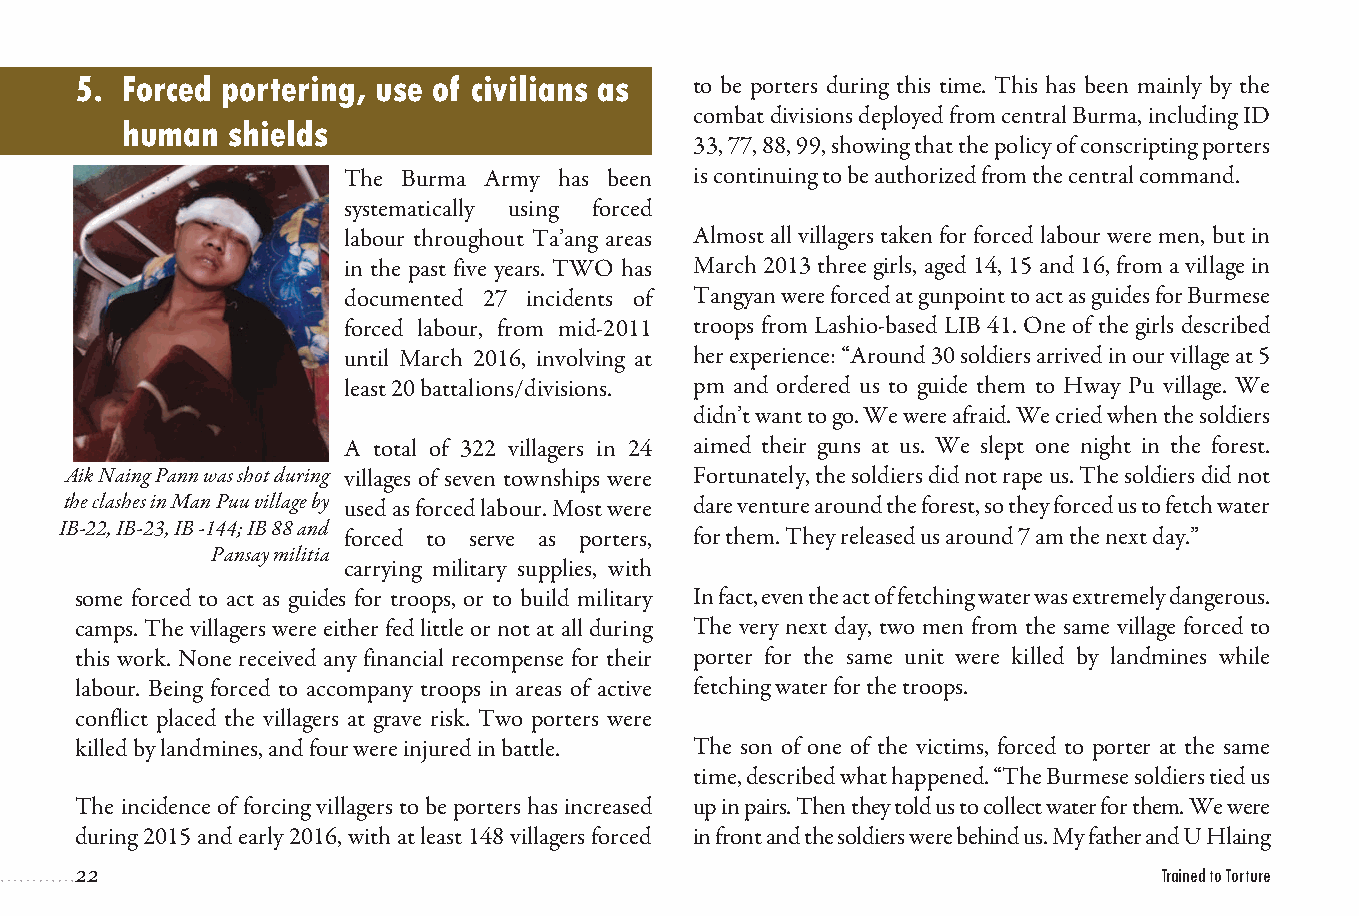
5. Forced portering, use of civilians as to be porters during this time. This has been mainly by the
 combat divisions deployed from central Burma, including ID
 human  shields
 33, 77, 88, 99, showing that the policy of conscripting porters
 The Burma Army has been is continuing to be authorized from the central command.
 systematically using forced
 labour throughout Ta’ang areas Almost all villagers taken for forced labour were men, but in
 in the past five years. TWO has March 2013 three girls, aged 14, 15 and 16, from a village in
 documented 27 incidents of Tangyan were forced at gunpoint to act as guides for Burmese
 forced labour, from mid-2011 troops from Lashio-based LIB 41. One of the girls described
 until March 2016, involving at her experience: “Around 30 soldiers arrived in our village at 5
 least 20 battalions/divisions. pm and ordered us to guide them to Hway Pu village. We
 didn’t want to go. We were afraid. We cried when the soldiers
 A total of 322 villagers in 24 aimed their guns at us. We slept one night in the forest.
 Aik Naing Pann was shot during villages of seven townships were Fortunately, the soldiers did not rape us. The soldiers did not
 the clashes in Man Puu village by used as forced labour. Most were dare venture around the forest, so they forced us to fetch water
 IB-22, IB-23, IB -144; IB 88 and
 forced to serve as porters, for them. They released us around 7 am the next day.”
 Pansay militia
 carrying military supplies, with
 some forced to act as guides for troops, or to build military In fact, even the act of fetching water was extremely dangerous.
 camps. The villagers were either fed little or not at all during The very next day, two men from the same village forced to
 this work. None received any financial recompense for their porter for the same unit were killed by landmines while
 labour. Being forced to accompany troops in areas of active fetching water for the troops.
 conflict placed the villagers at grave risk. Two porters were
 killed by landmines, and four were injured in battle. The son of one of the victims, forced to porter at the same
 time, described what happened. “The Burmese soldiers tied us
 The incidence of forcing villagers to be porters has increased up in pairs. Then they told us to collect water for them. We were
 during 2015 and early 2016, with at least 148 villagers forced in front and the soldiers were behind us. My father and U Hlaing
 22                                                                      Trained to Torture